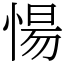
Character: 愓